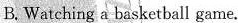
B. Watching a basketball game.